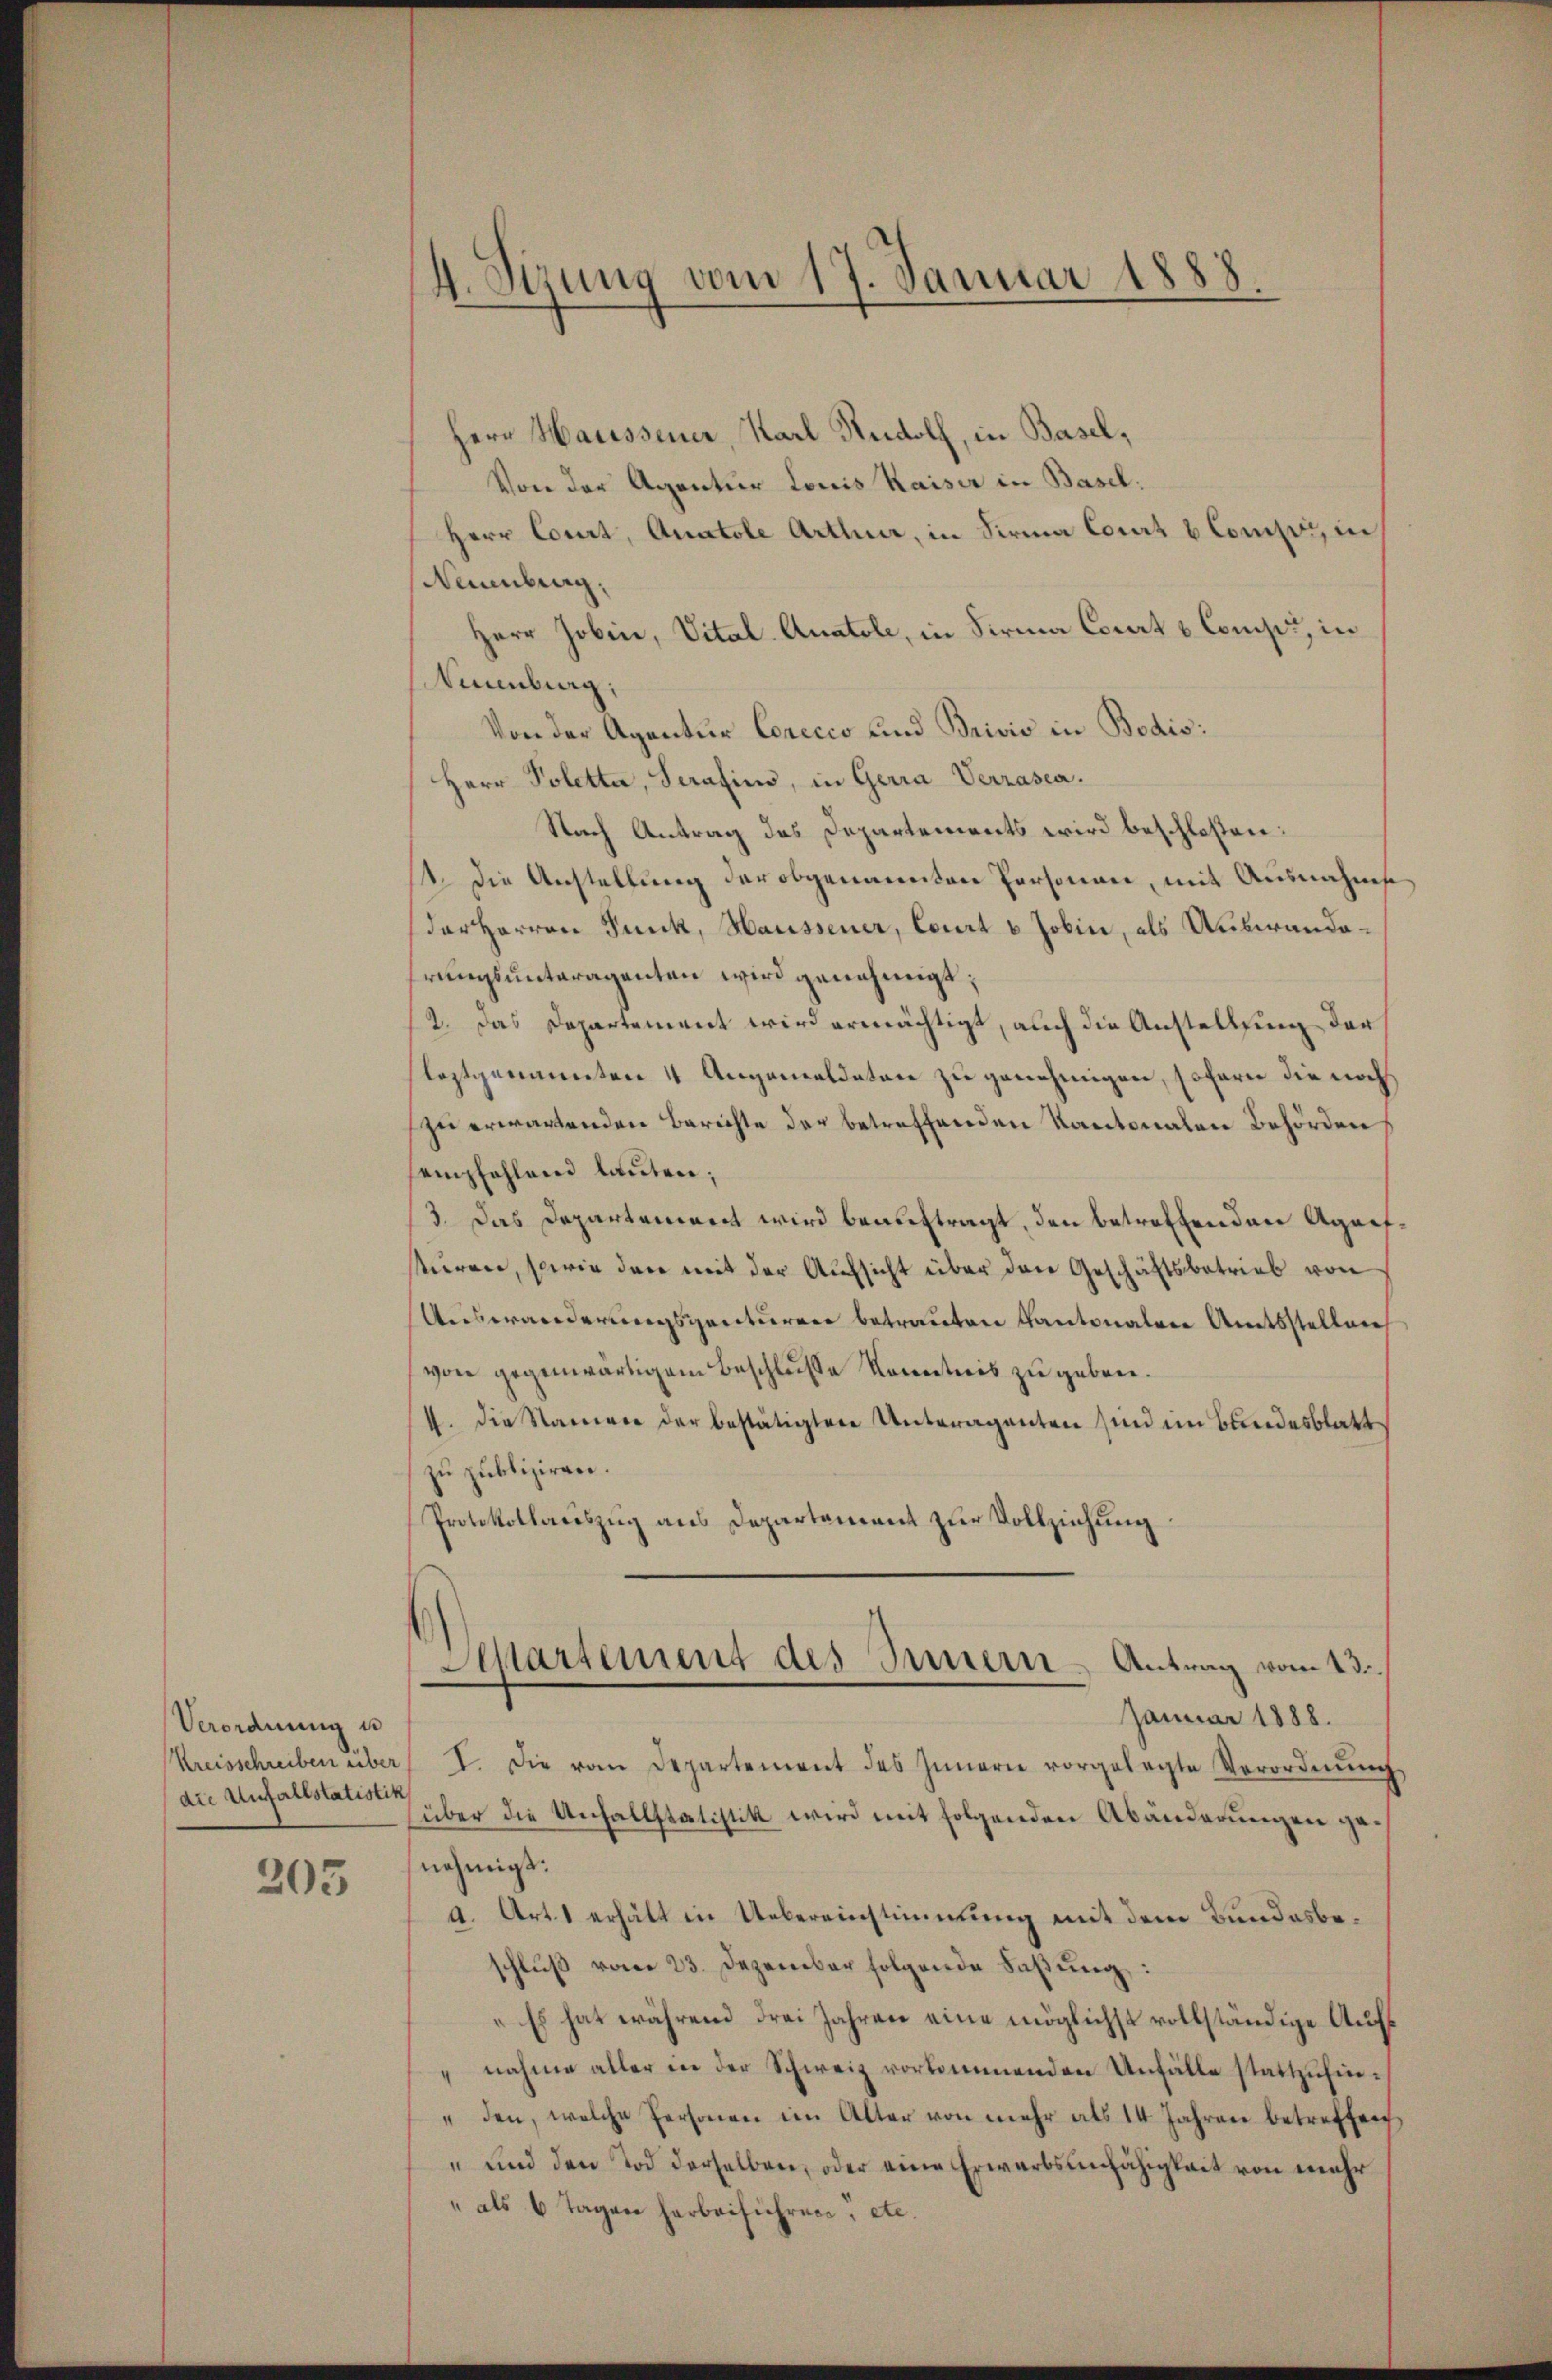
Verordnung u
Kreisschreiben über
die Unfallstatistik

203

4. Sizung vom 17. Januar 1888.

Herr Haussener, Karl Rudolf, in Basel,
Von der Agentur Louis Kaiser in Basel:
Herr Court, Anatole Arthur, in Firma Court b Compor, in
Neuenburg.
Herr Jobin, Vital- Anatole, in Firma Court u. Comp., in
Ninnburg,
Von der Agentur Corecco und Brivio in Bodis:
Herr Poletta, Serafins, in Gerra Verrasca.
Nach Antrag des Departements wird beschloßen:
1. Die Anstellung der obgenannten Personen, mit Ausnahmse
(der Herren Punk, Haussener, Court v. Jobin, als Auswanderungsunteragenten wird genehmigt;
2. Das Departement wird ermächtigt, auch die Anstellung der
leztgenannten 4 Angemeldeten zu genehmigen, sofern die noch
zu erwartenden Berichte der betreffenden Kantonalen Behörden
sempfehlend lauten;
13. Das Departement wird beauftragt, den betreffenden Agaef
stüren, sowie den mit der Aufsicht über den Geschäftsbetrieb von
Auswanderungspartieren betrauten Kantonalere Amtssteller
von gegenwärtigem Beschlusse Kometris zu geben.
1. die Stammer der bestätigten Unteraganten sind im Bundesblattzu publiziren.
Protokollauszug aus Departement zur Vollziehung
Departement des Innern Antrag vom 13.
Januar 1888.
I. Die vom Departement des Innern vorgelegte Verordnŭng
über die Unfallstatistik wird mit folgenden Abänderungen genehmigt:
a. Art. 1 erhält in Uebereinstimmung mit dem Bundesbeschluß vom 23. Dezember folgende Faßung:
„Es hat während drei Jahren eine möglichst vollständige Aufs
nahme aller in der Schweiz vorkommenden Unfälle stattzufin¬
" den, welche Personen im Alter von mehr als 14 Jahren betreffen
" und den Tod derselben, oder eine Erwerbsunfähigkeit von mehr
" als 6 Tagen herbeiführen, etc.